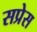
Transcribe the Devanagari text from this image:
सप्रेस